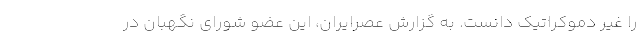
را غیر دموکراتیک دانست. به گزارش عصرایران، این عضو شورای نگهبان در